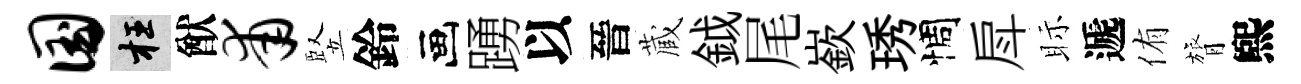
国枉猷甫竪鈴画踴以晉蔵鉞尾嶔琇惆戽眎遞侑膂煕